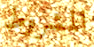
المشروط